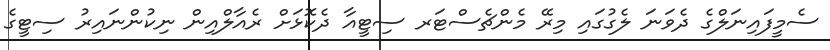
ސެމީފައިނަލްގެ ދެވަނަ ލެގުގައި މިރޭ މެންޗެސްޓަރ ސިޓީއާ ދެކޮޅަށް ރެއާލްއިން ނިކުންނައިރު ސިޓީގެ